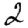
Digit: 2